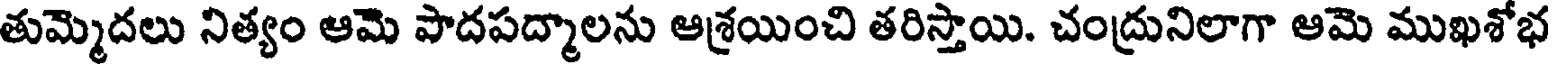
తుమ్మెదలు నిత్యం ఆమె పాదపద్మాలను ఆశ్రయించి తరిస్తాయి. చంద్రునిలాగా ఆమె ముఖశోభ